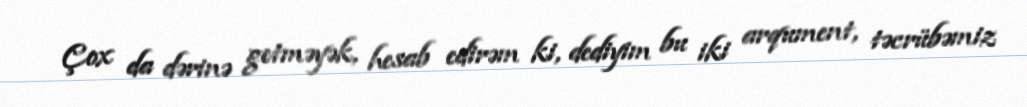
Çox da dərinə getməyək, hesab edirəm ki, dediyim bu iki arqument, təcrübəmiz